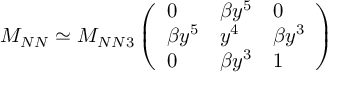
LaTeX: M _ { N N } \simeq M _ { N N 3 } \left( \begin{array} { l l l } { { 0 } } & { { \beta y ^ { 5 } } } & { { 0 } } \\ { { \beta y ^ { 5 } } } & { { y ^ { 4 } } } & { { \beta y ^ { 3 } } } \\ { { 0 } } & { { \beta y ^ { 3 } } } & { { 1 } } \end{array} \right)